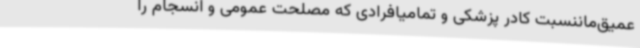
عمیق‌ماننسبت کادر پزشکی و تمامیافرادی که مصلحت عمومی و انسجام را